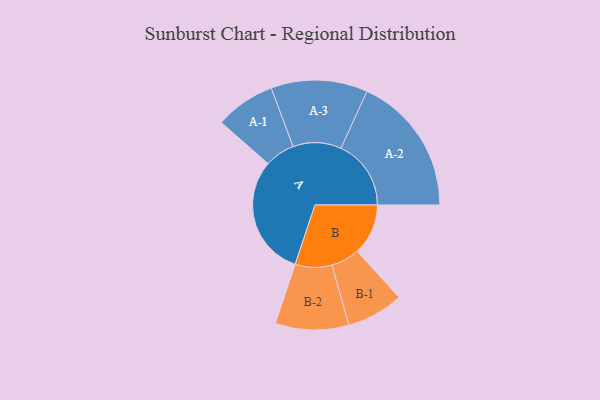
{"axis": {"x": "Segment", "y": "Value"}, "legend": ["", "A", "B"], "data": [{"x": "A", "y": 438, "type": ""}, {"x": "B", "y": 185, "type": ""}, {"x": "A-1", "y": 109, "type": "A"}, {"x": "A-2", "y": 254, "type": "A"}, {"x": "A-3", "y": 175, "type": "A"}, {"x": "B-1", "y": 103, "type": "B"}, {"x": "B-2", "y": 133, "type": "B"}]}